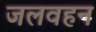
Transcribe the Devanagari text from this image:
जलवहन